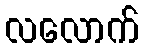
လလောက်